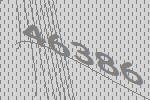
46386